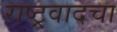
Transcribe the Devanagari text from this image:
राष्ट्रवादचा